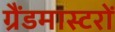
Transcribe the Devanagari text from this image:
ग्रैंडमास्टरों